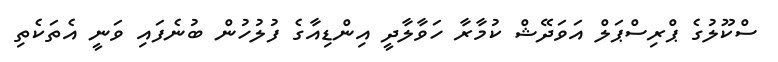
ސްކޫލުގެ ޕްރިސްޕަލް އަވަދޭޝް ކުމާރާ ހަވާލާދީ އިންޑިއާގެ ފުލުހުން ބުނެފައި ވަނީ އެތަކެތި